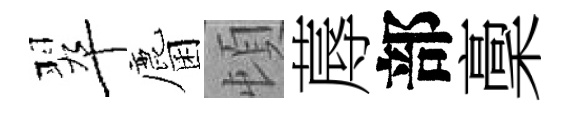
翠麕頓蓐部稾